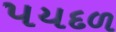
પયદળ